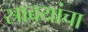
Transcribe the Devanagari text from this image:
स्रावयांचा